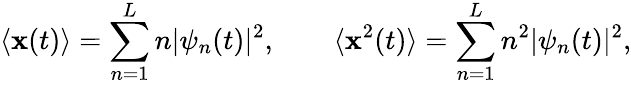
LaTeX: \langle\mathbf{x}(t)\rangle=\sum_{n=1}^{L}n|\psi_{n}(t)|^{2},\qquad\langle\mathbf{x}^{2}(t)\rangle=\sum_{n=1}^{L}n^{2}|\psi_{n}(t)|^{2},